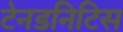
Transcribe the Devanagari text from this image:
टेनडनिटिस